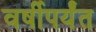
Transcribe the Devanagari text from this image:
वर्षीपर्यंत